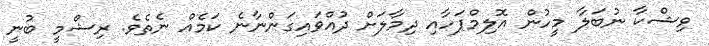
ވިޝްކާ ނުބަލާ މީހުން އޮލިމްޕަހާއި ދިމާލަށް ދުއްވައިގަންނާނެ ކަމެެއް ނެތެވެ. ރިޝްމީ ބުނީ